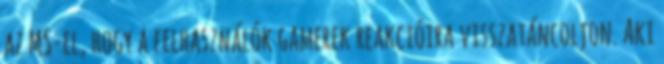
az MS-el, hogy a felhasználók gamerek reakcióira visszatáncoljon. Aki